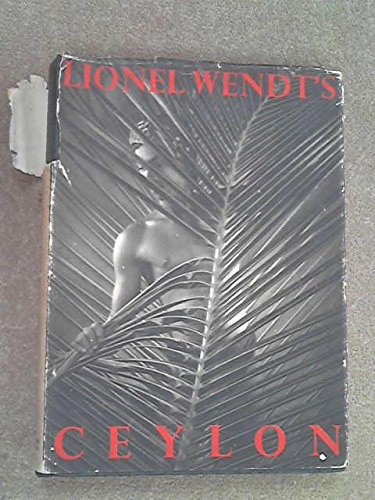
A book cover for Ceylon; Lionel Wendt; Travel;